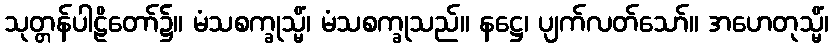
သုတ္တန်ပါဠိတော်၌။ မံသစက္ခုသ္မိံ၊ မံသစက္ခုသည်။ နဋ္ဌေ၊ ပျက်လတ်သော်။ အဟေတုသ္မိံ၊